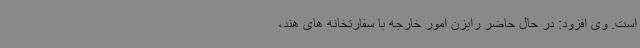
است. وی افزود: در حال حاضر رایزن امور خارجه با سفارتخانه های هند،